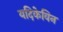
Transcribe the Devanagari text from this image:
यदिकेविन